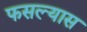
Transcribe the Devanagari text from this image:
फसल्यास